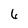
Character: 6